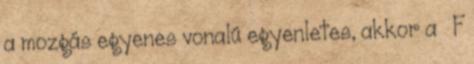
a mozgás egyenes vonalú egyenletes, akkor a  F